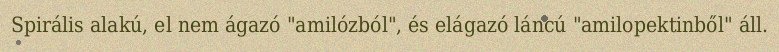
Spirális alakú, el nem ágazó "amilózból", és elágazó láncú "amilopektinből" áll.